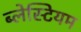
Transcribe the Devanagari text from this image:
ब्लेस्टियम